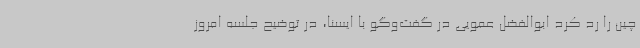
چین را رد کرد ابوالفضل عمویی در گفت‌وگو با ایسنا، در توضیح جلسه امروز